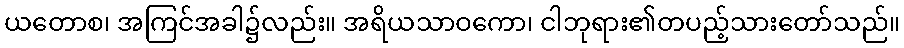
ယတောစ၊ အကြင်အခါ၌လည်း။ အရိယသာဝကော၊ ငါဘုရား၏တပည့်သားတော်သည်။